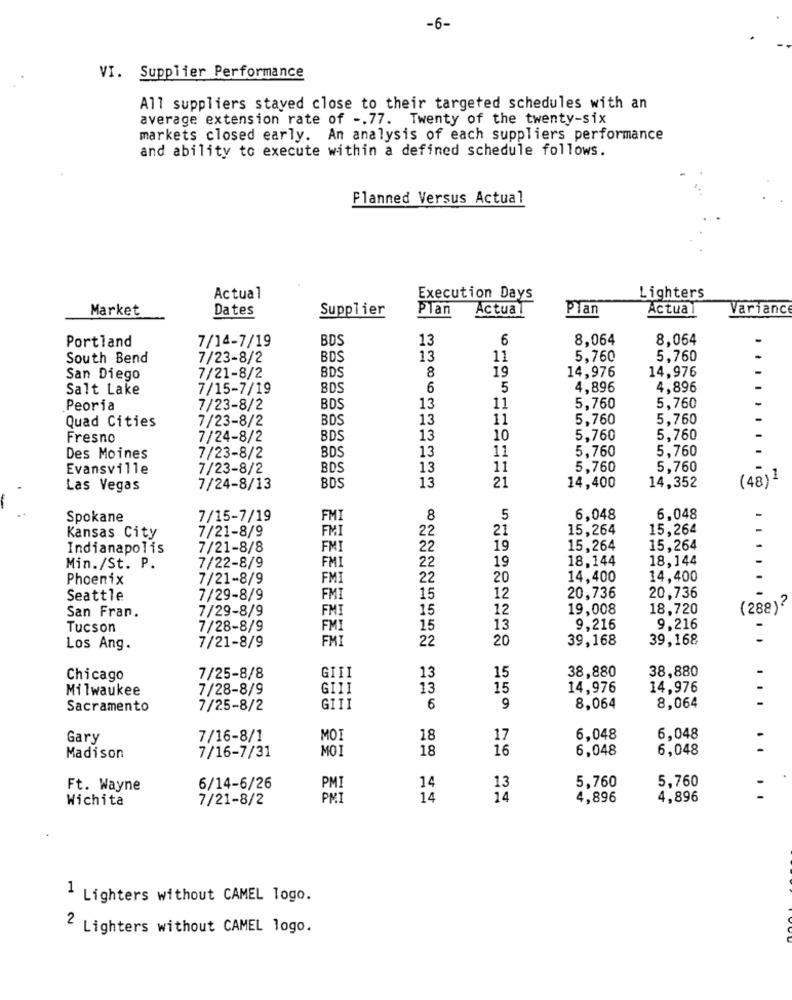
-6-
VI. Supplier Performance
All suppliers stayed close to their targeted schedules with an
average extension rate of -. 77. Twenty of the twenty-six
markets closed early. An analysis of each suppliers performance
and ability to execute within a defined schedule follows.
Planned Versus Actual
Actual
Execution Days
Lighters
Market
Dates
Supplier
Plan
Actual
Plan
Actual
Varianc
Portland
7/14-7/19
BD
13
6
8.064
8.064
South Bend
7/23-8/2
BDS
13
11
5,760
5.760
BDS
19
14,976
14,976
San Diego
7/21-8/2
8
Salt Lake
7/15-7/19
BDS
6
5
4,896
4,896
Peoria
7/23-8/2
BDS
13
11
5,760
5,760
Quad Cities
7/23-8/2
BDS
13
11
5,760
5,760
Fresno
7/24-8/2
BDS
13
10
5,760
5,760
7/23-8/2
BDS
13
5,760
5,760
Des Moines
11
Evansville
7/23-8/2
BDS
13
11
5,760
5,760
BDS
21
(48)1
Las Vegas
7/24-8/13
13
14,400
14,352
Spokane
7/15-7/19
FM
8
5
6,048
6,048
7/21-8/9
FMI
22
21
15,264
15,264
Kansas City
Indianapolis
7/21-8/8
FMI
22
19
15.264
15,264
7/22-8/9
19
18,144
18,144
Min./St. P.
FMI
22
Phoenix
7/21-8/9
FMI
22
20
14,400
14,400
Seattle
7/29-8/9
FMI
15
12
20,736
20,736
7/29-8/9
FM
15
12
19,008
18,720
(288)?
San Fran.
Tucson
7/28-8/9
FMI
15
13
9,216
9,216
7/21-8/9
FMI
22
20
39,168
39,168
Los Ang.
GIII
38,880
38,880
Chicago
7/25-8/8
13
15
Milwaukee
7/28-8/9
GIII
13
15
14,976
14,976
Sacramento
7/25-8/2
GIII
6
9
8,064
8,064
Gary
7/16-8/1
MOI
18
17
6,048
6,048
7/16-7/31
MOI
18
16
6,048
6,048
Madison
5,760
Ft. Wayne
6/14-6/26
PMI
14
13
5,760
Wichita
7/21-8/2
PMI
14
14
4,896
4,896
1 Lighters without CAMEL Togo.
2 Lighters without CAMEL logo.